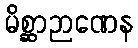
မိစ္ဆာဉာဏေန